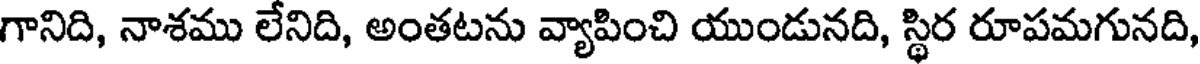
గానిది, నాశము లేనిది, అంతటను వ్యాపించి యుండునది, స్థిర రూపమగునది,